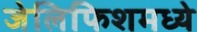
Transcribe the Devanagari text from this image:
जेलिफिशमध्ये